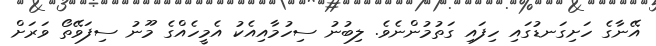
އޭނާގެ ހަށިގަނޑުގައި ހިފައި ގަތުމުންނެވެ. ލިބުނު ސިހުމާއިއެކު އެމީހެއްގެ މޫނު ސިފަވޭތޯ ވަރަށް